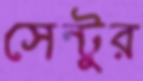
সেন্টুর